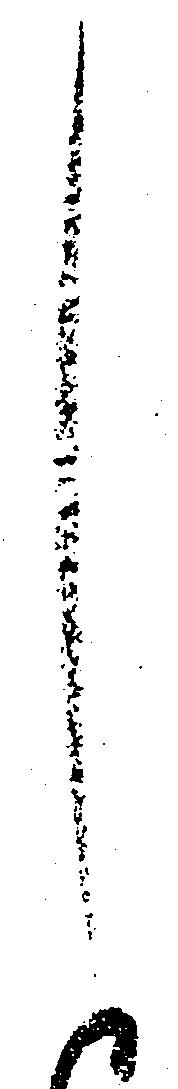
し